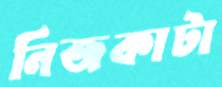
নিজকাটা